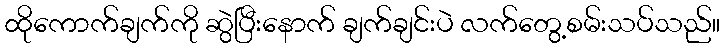
ထိုကောက်ချက်ကို ဆွဲပြီးနောက် ချက်ချင်းပဲ လက်တွေ့စမ်းသပ်သည်။